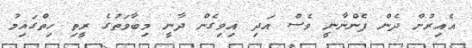
އެއިރުން ދެން ފެންނާނީ ވެސް އަދި އިވިގެން ދާނީ މިބާވަތުގެ ރީތި ހިތްގައިމު